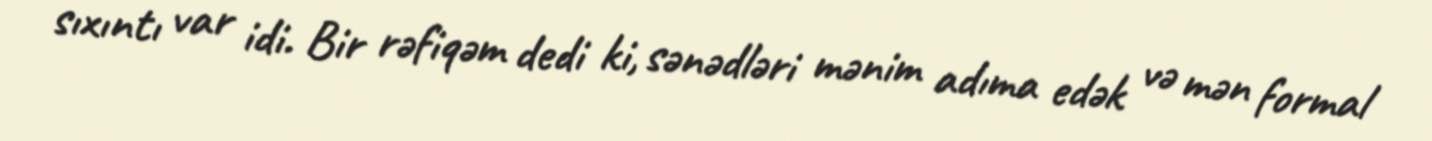
sıxıntı var idi. Bir rəfiqəm dedi ki, sənədləri mənim adıma edək və mən formal